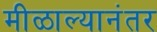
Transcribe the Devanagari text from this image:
मीळाल्यानंतर